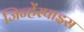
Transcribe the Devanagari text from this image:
जिन्हेंस्पाइस